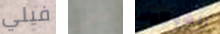
فيلي ماهى الشوكولا